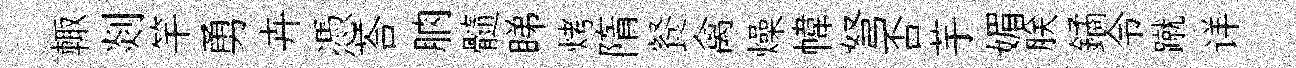
輙剡竿勇卉憑荅朒髓睇烤隋餐禽燥幃弩否芋媚朕鐍令蹴详